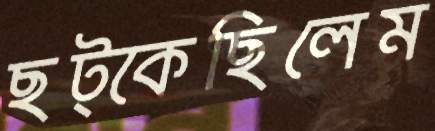
ছট্‌কেছিলেম